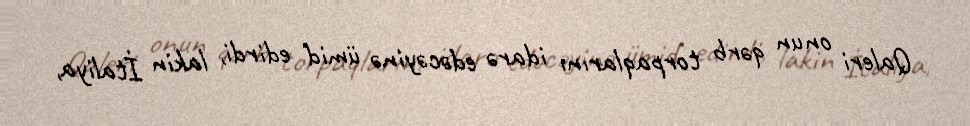
Qaleri onun qərb torpaqlarını idarə edəcəyinə ümid edirdi, lakin İtaliya,